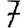
Digit: 7